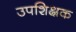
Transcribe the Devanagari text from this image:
उपशिक्षक